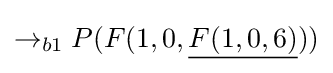
\rightarrow _{b1}P(F(1,0,{\underline {F(1,0,6)}}))